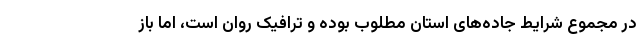
در مجموع شرایط جاده‌های استان مطلوب بوده و ترافیک روان است، اما باز